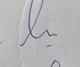
Signature authenticity: genuine